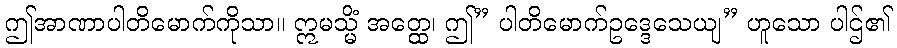
ဤအာဏာပါတိမောက်ကိုသာ။ ဣမသ္မိံ အတ္ထေ၊ ဤ” ပါတိမောက်ဥဒ္ဒေသေယျ” ဟူသော ပါဌ်၏